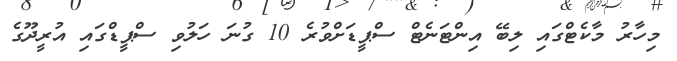
މިހާރު މާކެޓްގައި ލިބޭ އިންޓަނެޓް ސްޕީޑަށްވުރެ 10 ގުނަ ހަލުވި ސްޕީޑްގައި އުރީދޫގެ